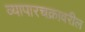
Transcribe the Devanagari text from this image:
व्यापारचक्रावरील